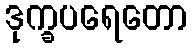
ဒုက္ခပရေတော